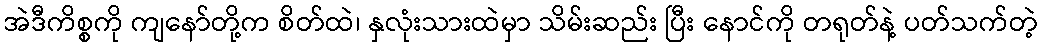
အဲဒီကိစ္စကို ကျနော်တို့က စိတ်ထဲ၊ နှလုံးသားထဲမှာ သိမ်းဆည်း ပြီး နောင်ကို တရုတ်နဲ့ ပတ်သက်တဲ့